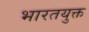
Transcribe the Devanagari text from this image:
भारतयुक्त